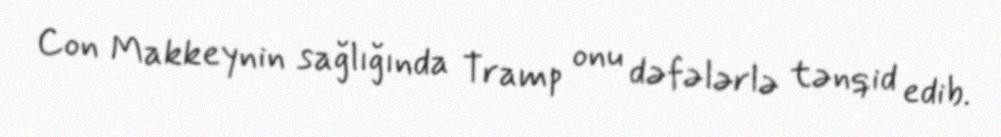
Con Makkeynin sağlığında Tramp onu dəfələrlə tənqid edib.